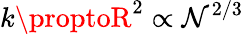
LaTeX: k\proptoR^{2}\propto\mathcal{N}^{2/3}